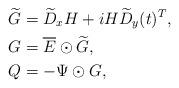
LaTeX: \begin{align*} \widetilde{G} &= \widetilde{D}_x H + i H \widetilde{D}_y(t)^T, \\ G &= \overline{E} \odot \widetilde{G},\\ Q &= -\Psi \odot G,\end{align*}